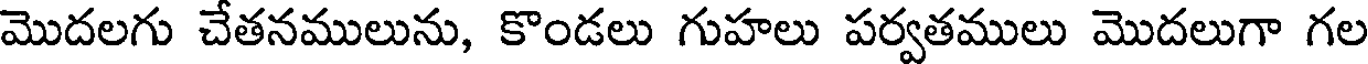
మొదలగు చేతనములును, కొండలు గుహలు పర్వతములు మొదలుగా గల